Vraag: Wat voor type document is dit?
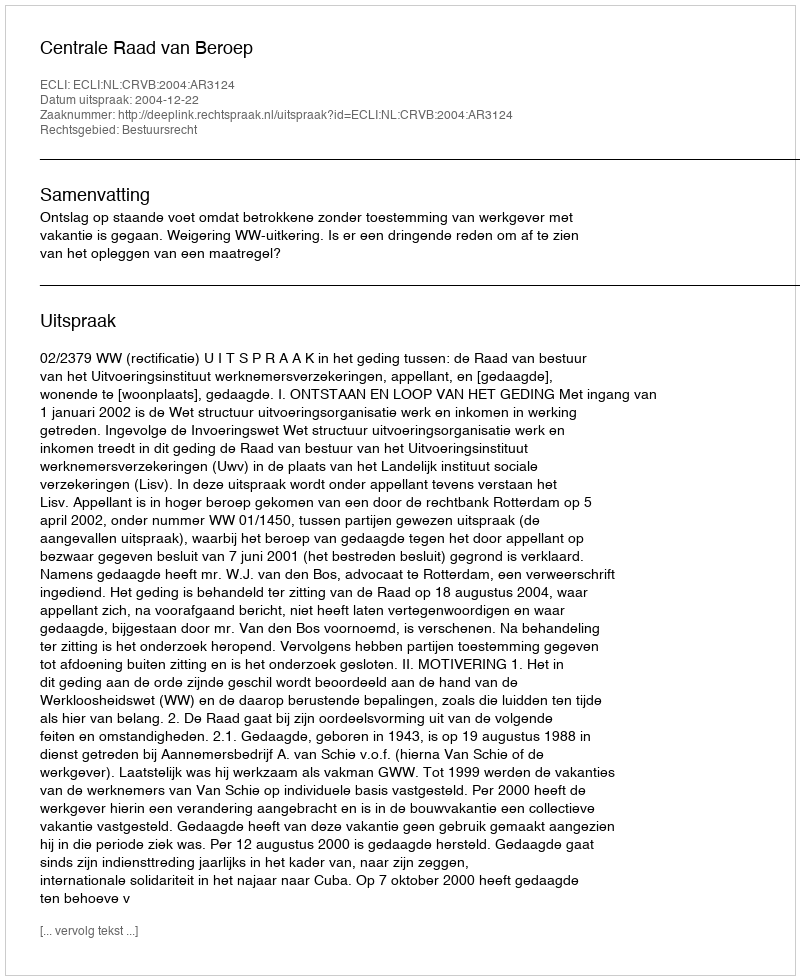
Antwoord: Uitspraak